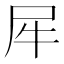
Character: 𰠨